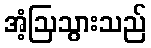
အံ့ဩသွားသည်